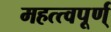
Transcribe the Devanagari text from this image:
महत्त्वपूर्ण्